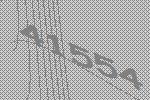
41554